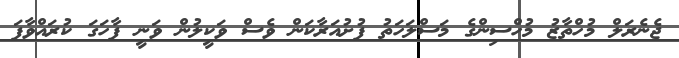
ޖެނެރަލް މުހްތާޒު މުހްސިންގެ މަސްލަހަތު ފުށުއަރާކަން ވެސް ވަކީލުން ވަނީ ފާހަގަ ކުރައްވާފަ